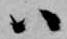
ハ